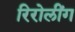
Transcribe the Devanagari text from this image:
रिरोलींग